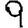
Digit: 9